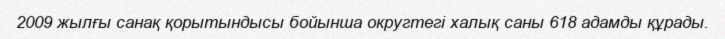
2009 жылғы санақ қорытындысы бойынша округтегі халық саны 618 адамды құрады.